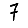
Digit: 7